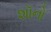
શૉનો